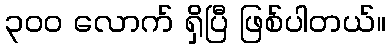
၃ဝဝ လောက် ရှိပြီ ဖြစ်ပါတယ်။